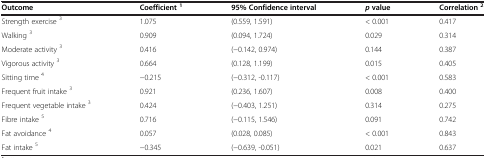
<table><thead><tr><td><b>Outcome</b></td><td><b>Coefficient<sup>1</sup></b></td><td><b>95% Confidence interval</b></td><td><b><i>p</i>value</b></td><td><b>Correlation<sup>2</sup></b></td></tr></thead><tbody><tr><td>Strength exercise <sup>3</sup></td><td>1.075</td><td>(0.559, 1.591)</td><td>&lt; 0.001</td><td>0.417</td></tr><tr><td>Walking <sup>3</sup></td><td>0.909</td><td>(0.094, 1.724)</td><td>0.029</td><td>0.314</td></tr><tr><td>Moderate activity <sup>3</sup></td><td>0.416</td><td>(−0.142, 0.974)</td><td>0.144</td><td>0.387</td></tr><tr><td>Vigorous activity <sup>3</sup></td><td>0.664</td><td>(0.128, 1.199)</td><td>0.015</td><td>0.405</td></tr><tr><td>Sitting time <sup>4</sup></td><td>−0.215</td><td>(−0.312, -0.117)</td><td>&lt; 0.001</td><td>0.583</td></tr><tr><td>Frequent fruit intake <sup>3</sup></td><td>0.921</td><td>(0.236, 1.607)</td><td>0.008</td><td>0.400</td></tr><tr><td>Frequent vegetable intake <sup>3</sup></td><td>0.424</td><td>(−0.403, 1.251)</td><td>0.314</td><td>0.275</td></tr><tr><td>Fibre intake <sup>5</sup></td><td>0.716</td><td>(−0.115, 1.546)</td><td>0.091</td><td>0.742</td></tr><tr><td>Fat avoidance <sup>4</sup></td><td>0.057</td><td>(0.028, 0.085)</td><td>&lt; 0.001</td><td>0.843</td></tr><tr><td>Fat intake <sup>5</sup></td><td>−0.345</td><td>(−0.639, -0.051)</td><td>0.021</td><td>0.637</td></tr></tbody></table>